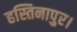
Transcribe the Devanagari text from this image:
हस्तिनापुर।